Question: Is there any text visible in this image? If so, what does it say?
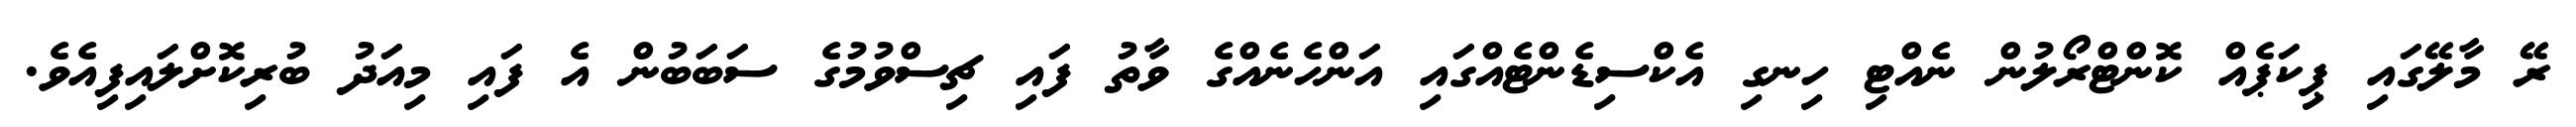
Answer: ރޭ މާލޭގައި ޕިކަޕެއް ކޮންޓްރޯލުން ނެއްޓި ހިނގި އެކްސިޑެންޓެއްގައި އަންހެނެއްގެ ވާތު ފައި ޗިސްވުމުގެ ސަބަބުން އެ ފައި މިއަދު ބުރިކޮށްލައިފިއެވެ.